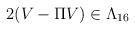
\begin{align*}2(V-\Pi V) \in \Lambda_{16}\end{align*}